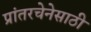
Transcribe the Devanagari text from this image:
प्रांतरचेनेसाठी